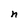
Character: n